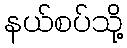
နယ်စပ်သို့